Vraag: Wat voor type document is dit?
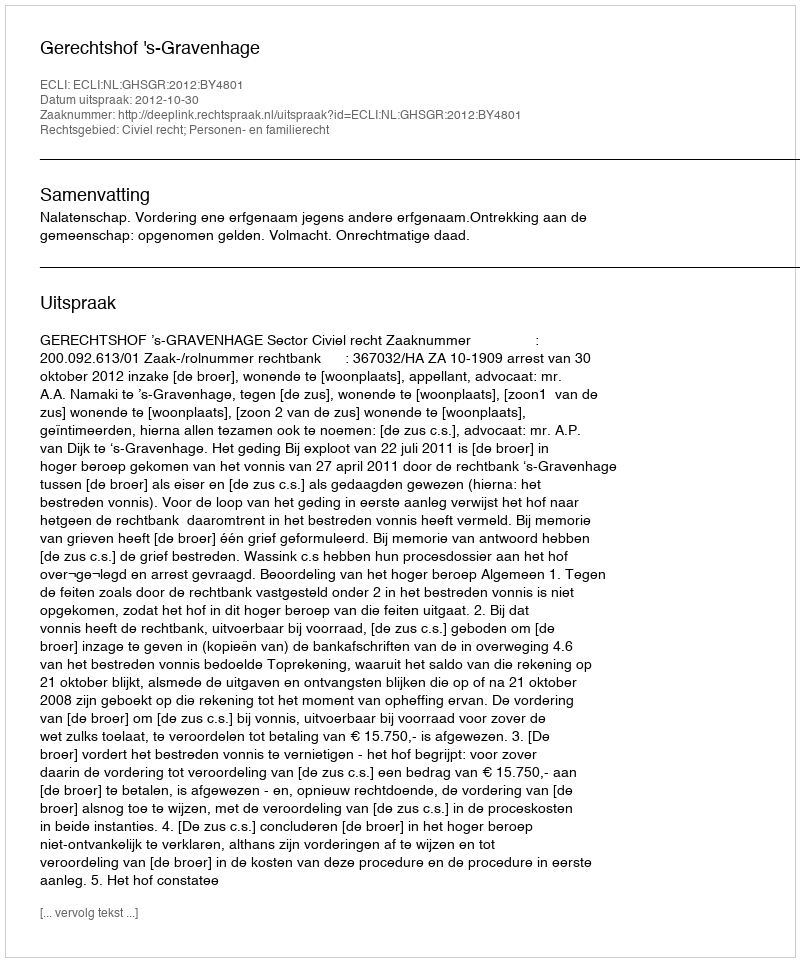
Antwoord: Uitspraak